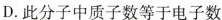
D.此分子中质子数等于电子数